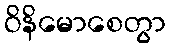
ဝိနိမောစေတွာ